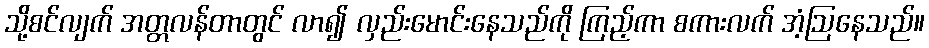
သို့စင်လျက် အတ္တလန်တာတွင် လာ၍ လှည်းမောင်းနေသည်ကို ကြည့်ကာ စကားလက် အံ့ဩနေသည်။